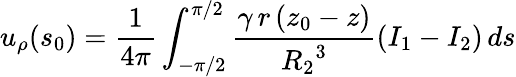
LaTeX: u_{\rho}(s_{0})=\frac{1}{4\pi}\int_{-\pi/2}^{\pi/2}\frac{\gamma\, r\, (z_{0}-z)}{{R_{2}}^{3}}(I_{1}-I_{2})\, ds